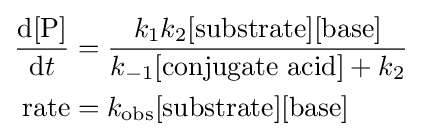
{\begin{aligned}{\frac {\ce {d[P]}}{{\ce {d}}t}}&={\frac {k_{1}k_{2}{\ce {[substrate][base]}}}{k_{-1}[{\ce {conjugate\ acid}}]+k_{2}}}\\{\ce {rate}}&=k_{\ce {obs}}{\ce {[substrate][base]}}\end{aligned}}